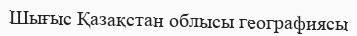
Шығыс Қазақстан облысы географиясы